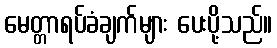
မေတ္တာရပ်ခံချက်များ ပေးပို့သည်။